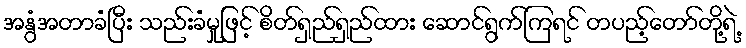
အနွံအတာခံပြီး သည်းခံမှုဖြင့် စိတ်ရှည်ရှည်ထား ဆောင်ရွက်ကြရင် တပည့်တော်တို့ရဲ့